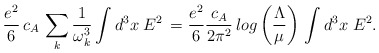
\begin{align*}{e^2\over 6}\, c_A \,\sum_k{1\over\omega_k^3}\int d^3x\;E^2\,= {e^2\over 6} {c_A\over 2\pi^2}\,log\left({\Lambda\over\mu}\right) \,\int d^3x\;E^2.\end{align*}